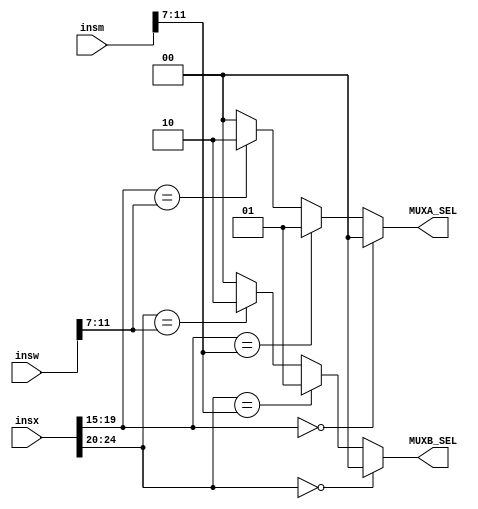
////////////////
/// DATA HAZARD 
///////////////
 module DATA_HAZARD (
					output reg [1:0] MUXA_SEL, MUXB_SEL, 
					input [31:0]insx, insm, insw
 
 
 
 );
 always @(*)
		 begin 
		    if (insx[19:15]==5'b0 ) 
						 MUXA_SEL=2'b00; 
			else if (insx[19:15]== insm[11:7])
						 MUXA_SEL=2'b01;
						 
						 
			 else if (insx[19:15]== insw[11:7])
						 MUXA_SEL=2'b10; 
						 
						 
			else  MUXA_SEL=2'b00; 
			
			if (insx[24:20]==5'b0 ) 
						 MUXB_SEL=2'b00; 
			else if (insx[24:20]== insm[11:7])
						 MUXB_SEL=2'b01;
						 
						 
			 else if (insx[24:20]== insw[11:7])
						MUXB_SEL=2'b10; 
						 
						 
			else  MUXB_SEL=2'b00; 
						 
			
				
		 
		 
		 
		 
		 end 
		 
 
endmodule